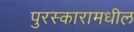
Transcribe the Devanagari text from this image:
पुरस्कारामधील